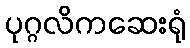
ပုဂ္ဂလိကဆေးရုံ